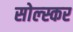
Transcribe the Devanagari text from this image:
सोल्स्कर